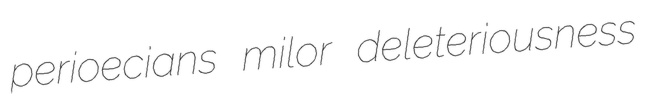
perioecians milor deleteriousness